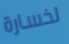
لخسارة